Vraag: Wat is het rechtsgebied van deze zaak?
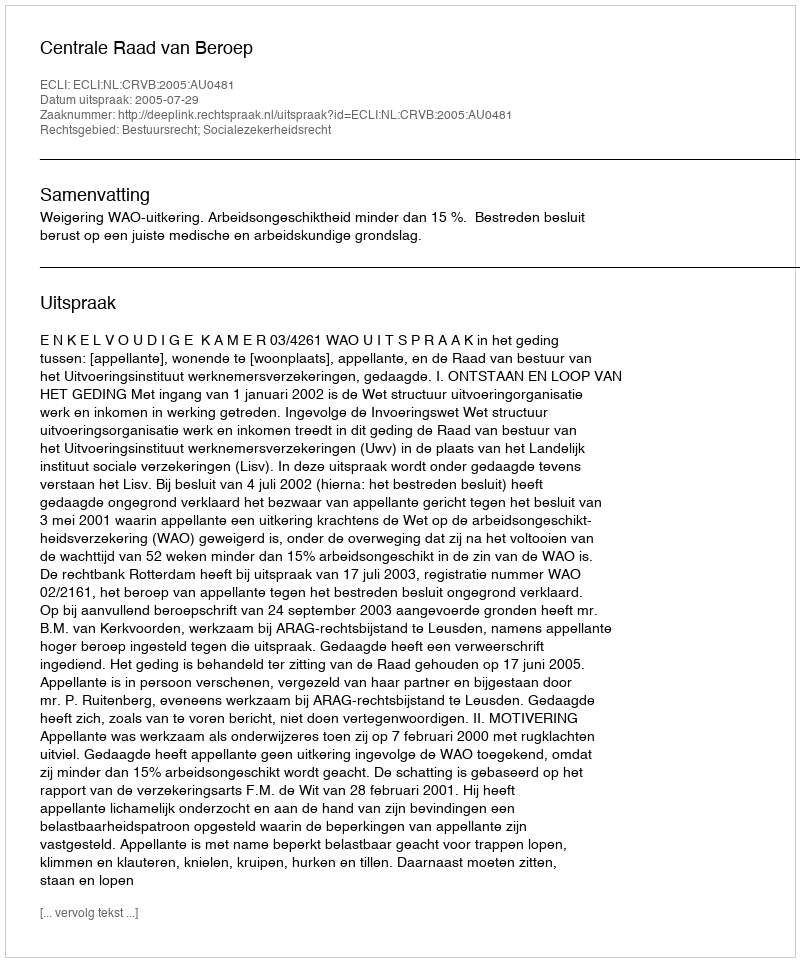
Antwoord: Bestuursrecht; Socialezekerheidsrecht